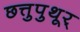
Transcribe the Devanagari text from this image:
छत्तुपुथूर्